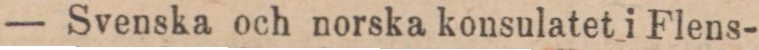
— Svenska och norska konsulatet i Flens-